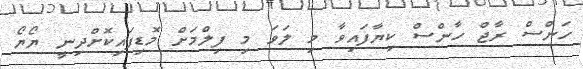
ހަންސް ރާޖް ހާންސް ކިޔާފައިވާ މި ލަވަ މި ފިލްމަށް މޮޑިފައިކޮށްދިނީ ޔޯޔޯ